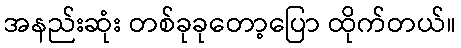
အနည်းဆုံး တစ်ခုခုတော့ပြော ထိုက်တယ်။